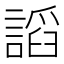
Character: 謟